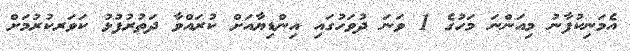
އެމަނިކުފާނު މިއަންނަ މަހުގެ 1 ވަނަ ދުވަހުގައި އިންޑިޔާއަށް ކުރައްވާ ދަތުރުފުޅު ކަވަރކުރުމަށް